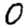
Digit: 0